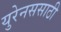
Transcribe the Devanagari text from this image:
युरेनससाठी